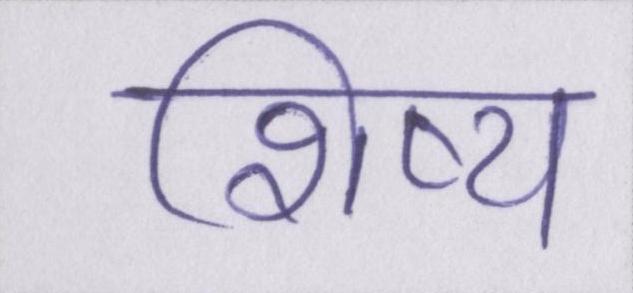
शिष्य